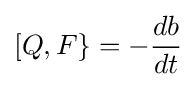
[Q,F\}=-{\frac {db}{dt}}